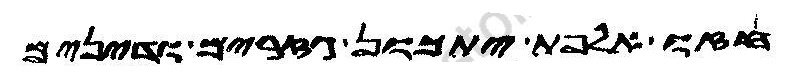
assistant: חזו אלפת יתכון גזרים ודינים